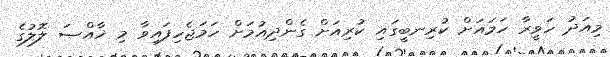
މިއަދު ހަވީރާ ހަމައަށް ކުރިނބީގައި ކުރިއަށް ގެންދިއުމަށް ހަމަޖެހިފައިވާ މި ޚާއްޞަ ލޮލުގެ